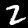
Digit: 2